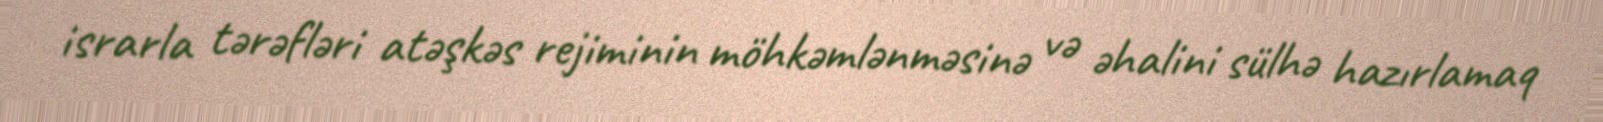
israrla tərəfləri atəşkəs rejiminin möhkəmlənməsinə və əhalini sülhə hazırlamaq